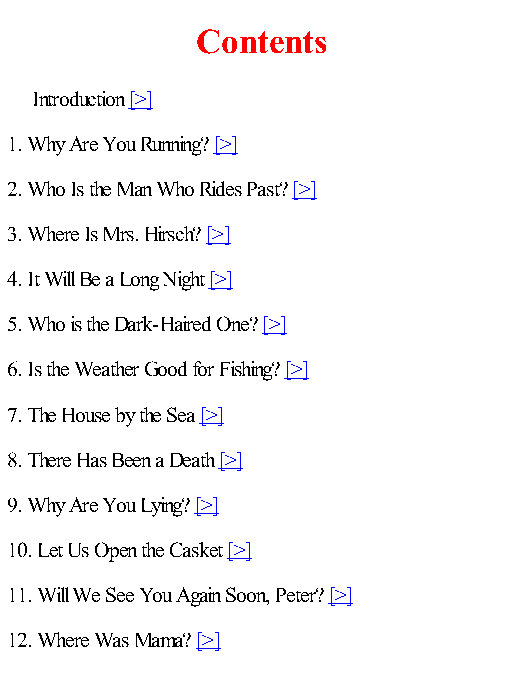
Contents
 Introduction [>]
 1. Why Are You Running? [>]
 2. Who Is the Man Who Rides Past? [>]
 3. Where Is Mrs. Hirsch? [>]
 4. It Will Be a Long Night [>]
 5. Who is the Dark-Haired One? [>]
 6. Is the Weather Good for Fishing? [>]
 7. The House by the Sea [>]
 8. There Has Been a Death [>]
 9. Why Are You Lying? [>]
 10. Let Us Open the Casket [>]
 11. Will We See You Again Soon, Peter? [>]
 12. Where Was Mama? [>]